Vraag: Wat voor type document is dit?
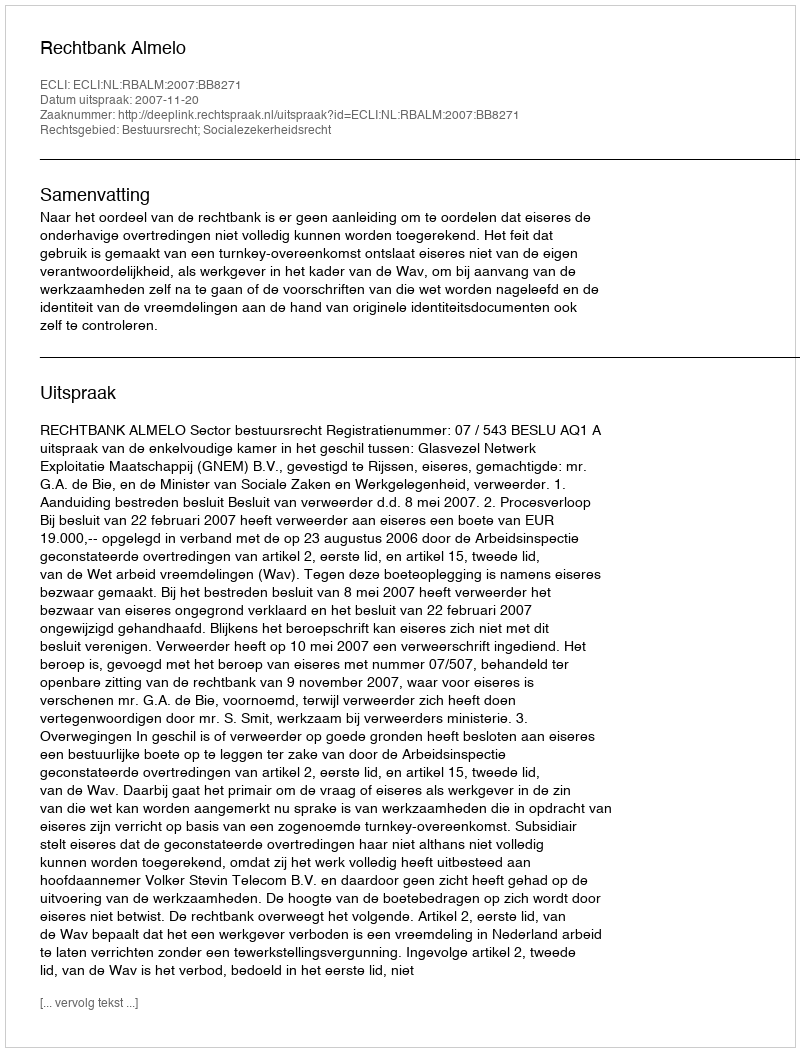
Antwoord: Uitspraak